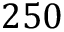
2 5 0